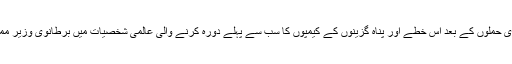
گذشتہ سال اگست میں روہنگیا آبادیوں پر عسکری حملوں کے بعد اس خطے اور پناہ گزینوں کے کیمپوں کا سب سے پہلے دورہ کرنے والی عالمی شخصیات میں برطانوی وزیرِ مملکت برائے ایشیاء ، مارک فیلڈ بھی شامل تھے۔